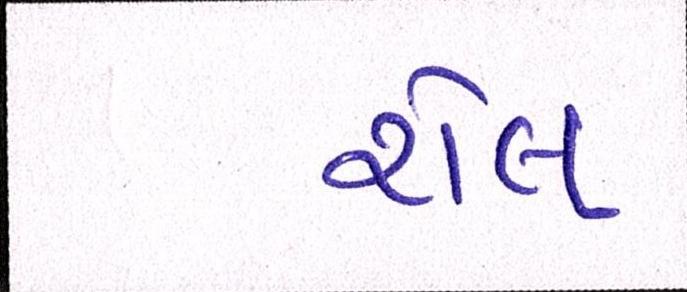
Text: રોલ